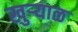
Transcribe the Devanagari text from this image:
खुऱ्‍याळ